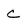
Character: c